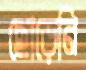
ছোড়েনি